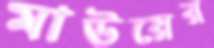
মাউয়ের